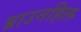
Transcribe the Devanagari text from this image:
ब्राउनहिल